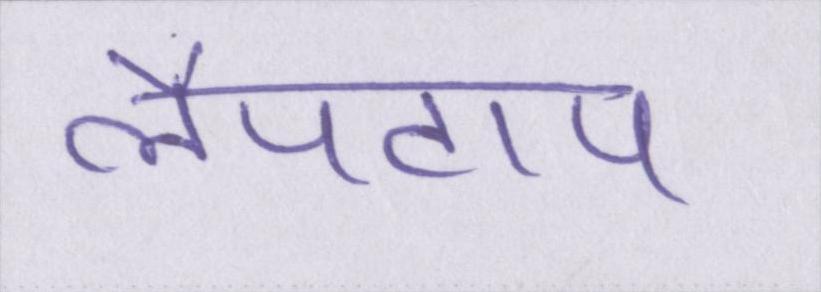
लैपटाप